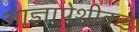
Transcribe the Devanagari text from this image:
आज्ञापेशीकडे